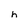
Character: h